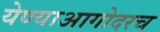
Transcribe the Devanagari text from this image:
येण्याआगोदरच